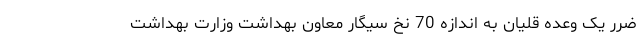
ضرر یک وعده قلیان به اندازه 70 نخ سیگار معاون بهداشت وزارت بهداشت